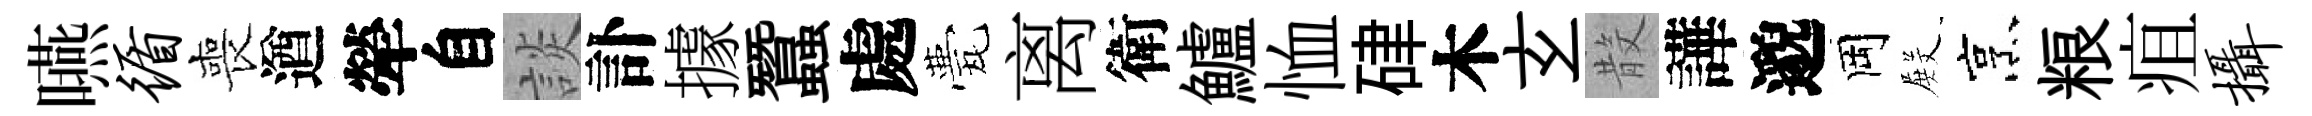
嚥循喪遒犖自談訃據蠶處甍离衛鱸恤硉木𤣥𣪚譁邈岡𭮺烹粮疽摄